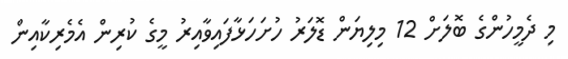
މި ދެމީހުންގެ ބޮލަށް 12 މިލިޔަން ޑޮލަރު ހުށަހަޅާފައިވާއިރު މީގެ ކުރިން އެމެރިކާއިން